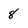
Character: 8